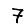
Digit: 7